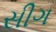
સીગ